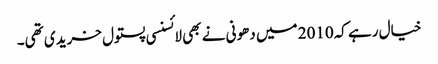
خیال رہے کہ2010 میں دھونی نے بھی لائسنسی پستول خریدی تھی۔